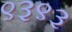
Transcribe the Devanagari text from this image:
९३९३